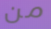
من